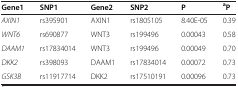
| Gene1 | SNP1 | Gene2 | SNP2 | P | aP |
 | --- | --- | --- | --- | --- | --- |
 | AXIN1 | rs395901 | AXIN1 | rs1805105 | 8.40E-05 | 0.39 |
 | WNT6 | rs690877 | WNT3 | rs199496 | 0.00043 | 0.58 |
 | DAAM1 | rs17834014 | WNT3 | rs199496 | 0.00049 | 0.70 |
 | DKK2 | rs398093 | DAAM1 | rs17834014 | 0.00072 | 0.73 |
 | GSK3B | rs11917714 | DKK2 | rs17510191 | 0.00096 | 0.73 |